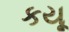
કયૂ